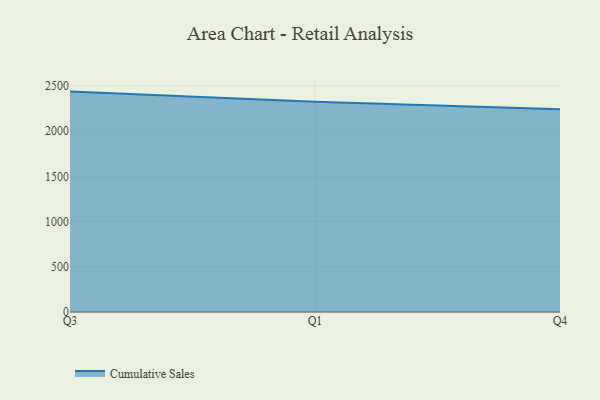
{"axis": {"x": "Quarter", "y": "Budget (USD K)"}, "legend": ["Cumulative Sales"], "data": [{"x": "Q3", "y": 2436.2, "type": "Cumulative Sales"}, {"x": "Q1", "y": 2322.8, "type": "Cumulative Sales"}, {"x": "Q4", "y": 2240.2, "type": "Cumulative Sales"}]}